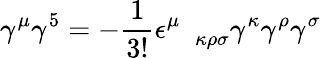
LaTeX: \gamma^{\mu}\gamma^{5}=-\frac{1}{3!}\epsilon_{\quad\kappa\rho\sigma}^{\mu}\gamma^{\kappa}\gamma^{\rho}\gamma^{\sigma}